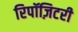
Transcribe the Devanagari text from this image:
रिपॉज़िटरी